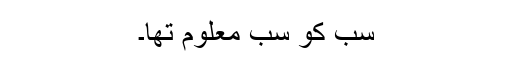
سب کو سب معلوم تھا۔